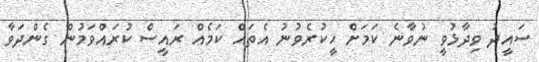
ސައީދު ވިދާޅުވީ ނުވާނެ ކަމަށް ހީކުރެވުނު އެތައް ކަމެއް ރައީސް ކުރައްވަމުން ގެންދަވާ